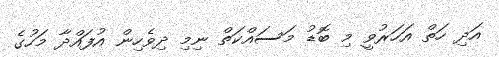
އަދި ހަތް އަހަރުވީ މި ބޮޑު މަސައްކަތް ނިމި ދިވެހިން އުފައްދާ މަހުގެ